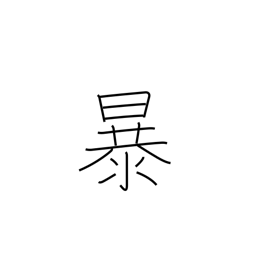
Meaning: rave